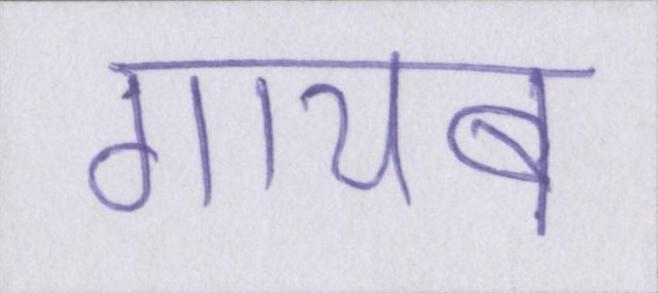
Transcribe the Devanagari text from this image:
गायब